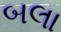
બલા